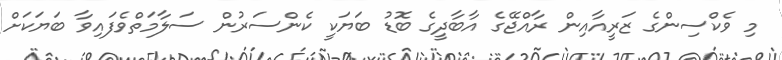
މި ވެކްސިންގެ ޒަރީއާއިން ރާއްޖޭގެ އާބާދީގެ ބޮޑު ބަޔަކީ ކެންސަރުން ސަލާމަތްވެފައިވާ ބަޔަކަށް